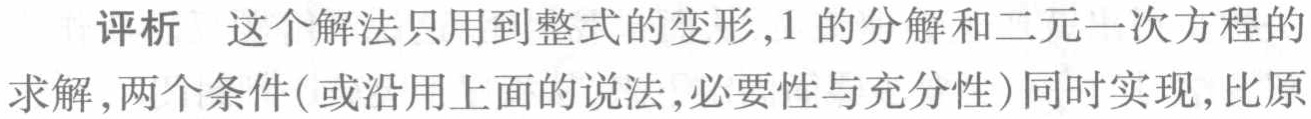
评析 这个解法只用到整式的变形,1 的分解和二元一次方程的求解,两个条件(或沿用上面的说法,必要性与充分性)同时实现,比原